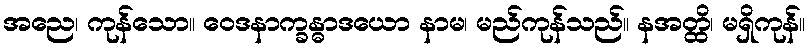
အညေ၊ ကုန်သော။ ဝေဒနာက္ခန္ဓာဒယော နာမ၊ မည်ကုန်သည်။ နအတ္ထိ၊ မရှိကုန်။